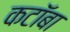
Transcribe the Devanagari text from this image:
कटॉबा